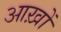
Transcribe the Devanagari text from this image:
आख़ों